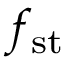
f _ { \mathrm { s t } }